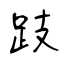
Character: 跂